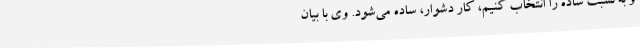
و به نسبت ساده را انتخاب کنیم، کار دشوار، ساده می‌شود. وی با بیان